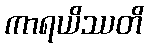
ကာရယိဿတိ